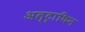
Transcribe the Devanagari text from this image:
अल्ट्राथिन